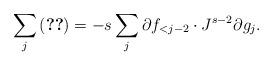
LaTeX: \begin{align*} \sum_j \eqref{921_e1b} = -s \sum_{j} \partial f_{<j-2} \cdot J^{s-2} \partial g_j. \end{align*}